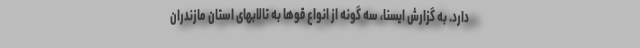
دارد. به گزارش ایسنا، سه گونه از انواع قوها به تالابهای استان مازندران